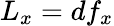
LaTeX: L_{x}=df_{x}